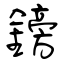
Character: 鎊